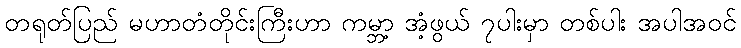
တရုတ်ပြည် မဟာတံတိုင်းကြီးဟာ ကမ္ဘာ့ အံ့ဖွယ် ၇ပါးမှာ တစ်ပါး အပါအဝင်